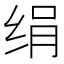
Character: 绢